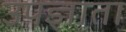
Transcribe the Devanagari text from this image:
उपज्ञाता